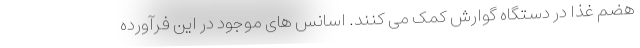
هضم غذا در دستگاه گوارش کمک می کنند. اسانس های موجود در این فرآورده